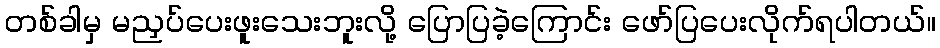
တစ်ခါမှ မညှပ်ပေးဖူးသေးဘူးလို့ ပြောပြခဲ့ကြောင်း ဖော်ပြပေးလိုက်ရပါတယ်။